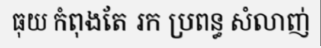
ធុយ កំពុងតែ រក ប្រពន្ធ សំលាញ់